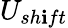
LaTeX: U_{sh\mathbf{i}ft}